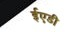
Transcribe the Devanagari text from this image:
ईएडी